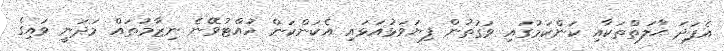
އެފަދަ ޙާލަތްތަކާއި ކަންކަމުގައި ވަގުތުން ފިޔަވަޅުއަޅައި އެކަންކަން ހުއްޓުވޭނެ ނިޒާމުތައް މަދަނީ ވައިގެ